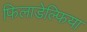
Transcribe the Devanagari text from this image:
फिलाडेल्‍फिया